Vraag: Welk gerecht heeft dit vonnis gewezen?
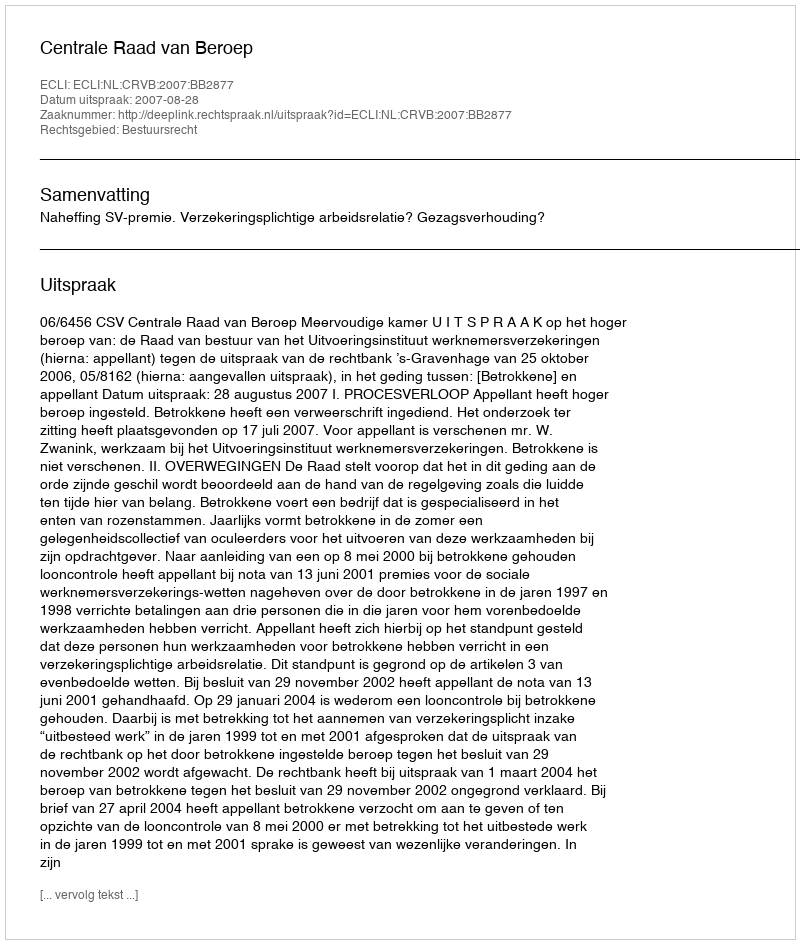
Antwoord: Centrale Raad van Beroep